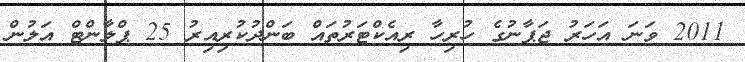
2011 ވަނަ އަހަރު ޖަޕާނުގެ ހުރިހާ ރިއެކްޓަރުތައް ބަންދުކުރިއިރު 25 ޕްލާންޓް އަލުން